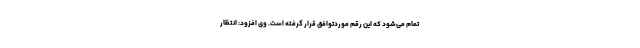
تمام می‌شود که این رقم موردتوافق قرار گرفته است. وی افزود: انتظار